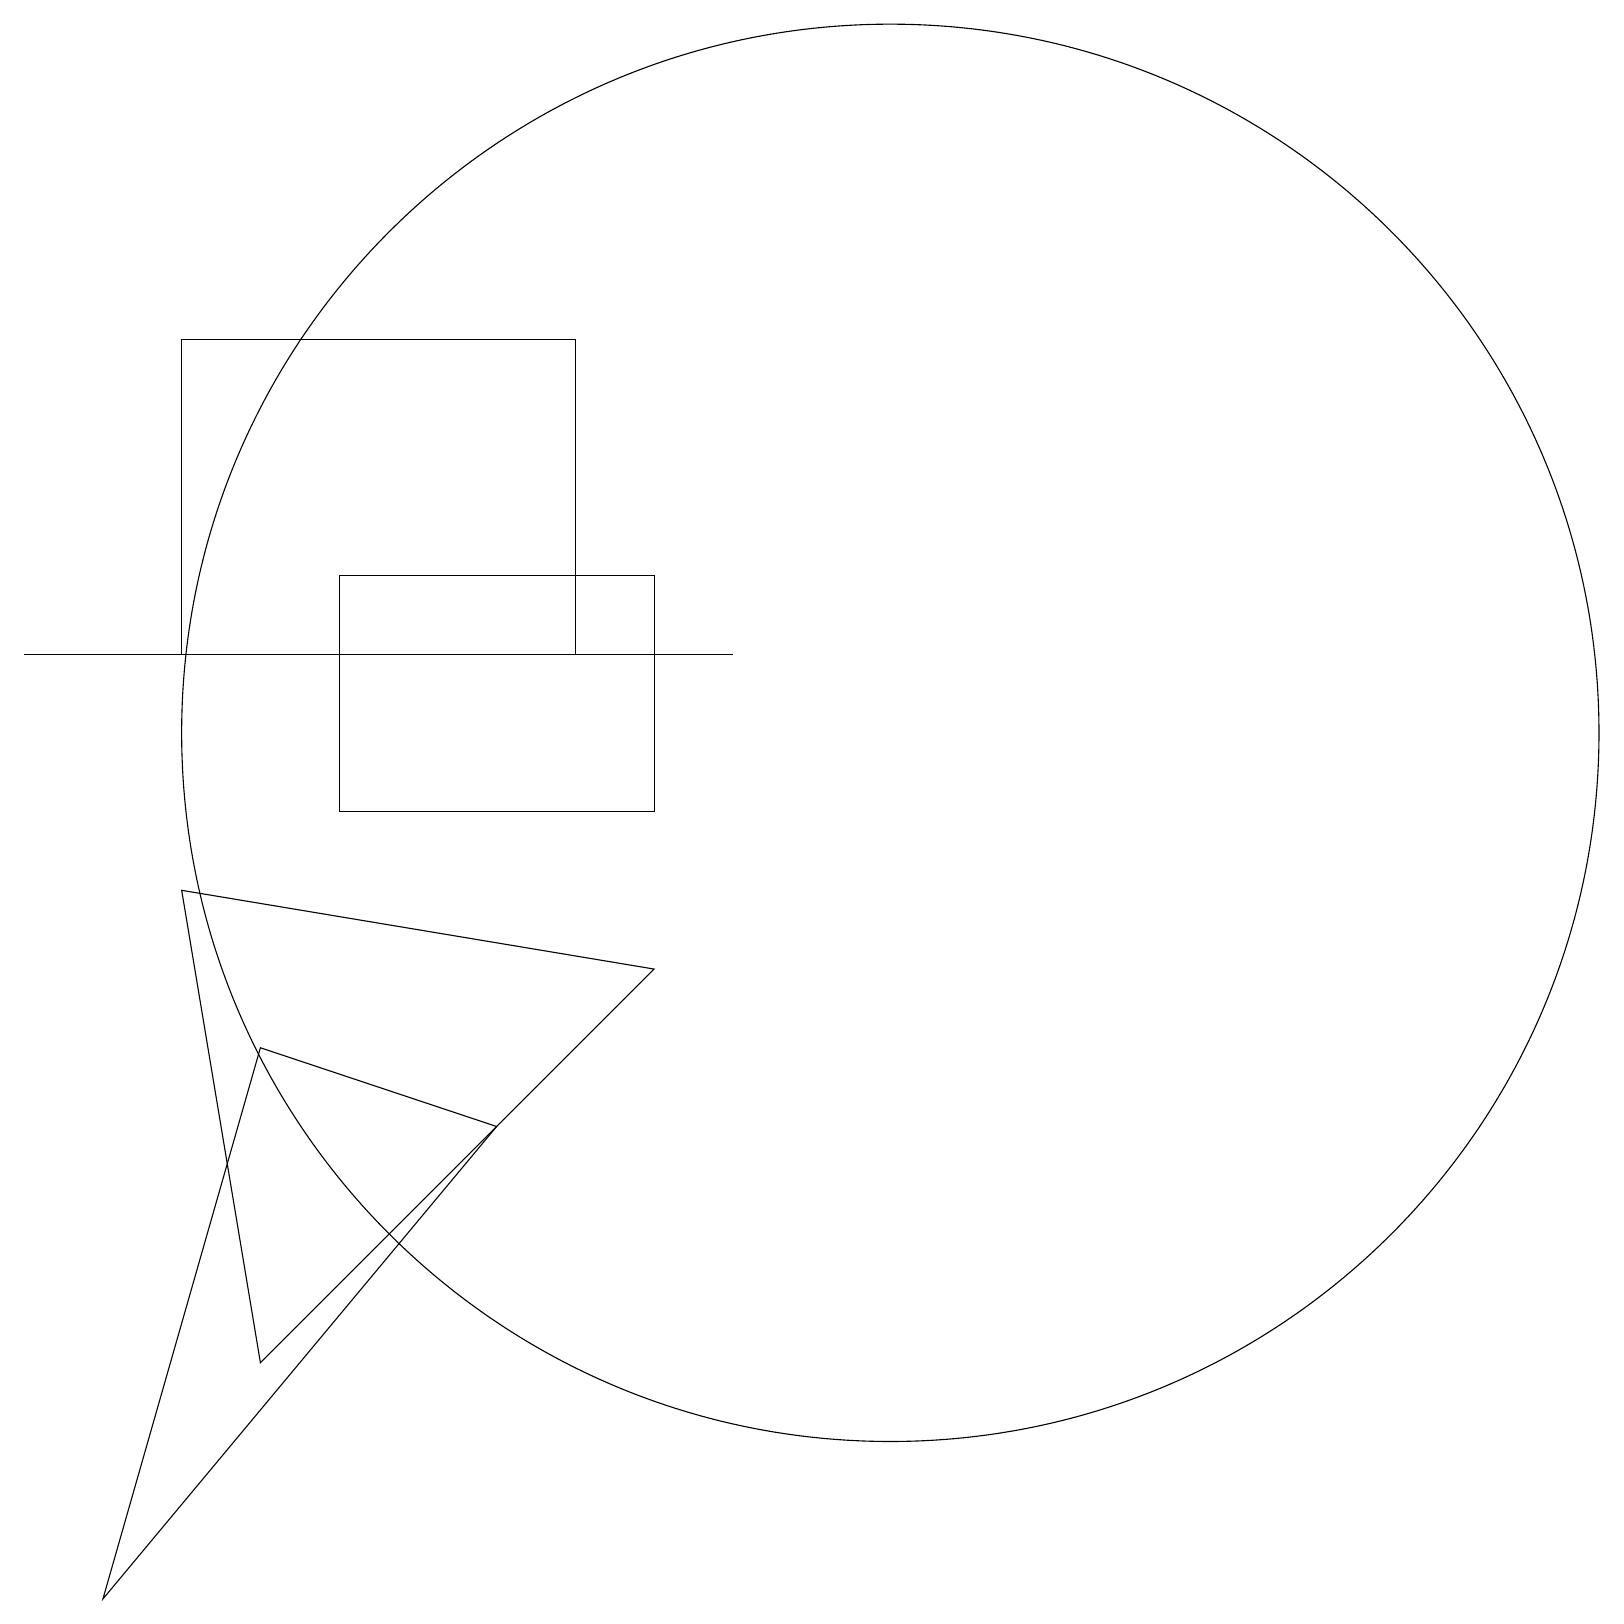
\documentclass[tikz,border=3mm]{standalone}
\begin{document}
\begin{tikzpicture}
\draw (11,11) circle (9);
\draw (2,16) rectangle (7,12);
\draw (4,13) rectangle (8,10);
\draw (3,3) -- (8,8) -- (2,9) -- cycle;
\draw (11,11) circle (0);
\draw (1,12) rectangle (6,12);
\draw (9,12) rectangle (0,12);
\draw (6,6) -- (3,7) -- (1,0) -- cycle;
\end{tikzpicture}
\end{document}